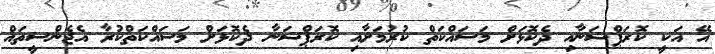
އޭ އަކީ ކޮރަޕްޝަނާއި ދެކޮޅަށް މަސައްކަތް ކުރުމަށާއި ކޮރަޕްޝަނާ ދެކޮޅަށް މަސައްކަތްކުރާ އެޖެންސީތައް